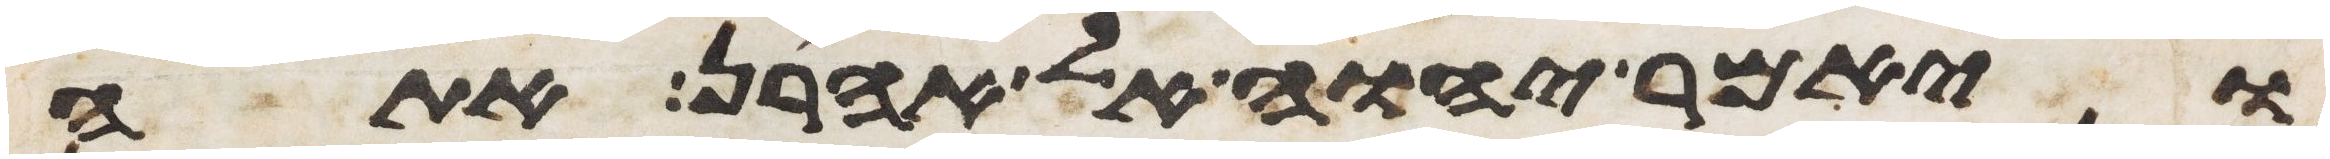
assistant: ויאמר יהוה אל אהרן אתה